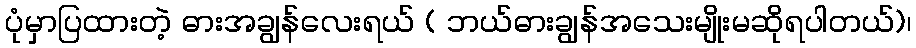
ပုံမှာပြထားတဲ့ ဓားအချွန်လေးရယ် ( ဘယ်ဓားချွန်အသေးမျိုးမဆိုရပါတယ်)၊